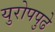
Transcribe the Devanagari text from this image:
युरोपपुढे